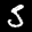
Label: 5